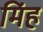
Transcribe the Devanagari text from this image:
मिंह